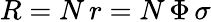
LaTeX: R=N\, r=N\, \Phi\, \sigma